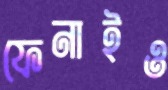
ফেনাইও